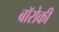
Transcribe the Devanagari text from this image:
बॉरोकी